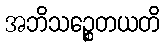
အဘိသဉ္စေတယတိ